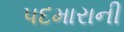
પદમારાની